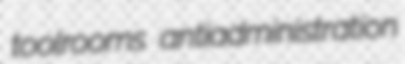
toolrooms antiadministration